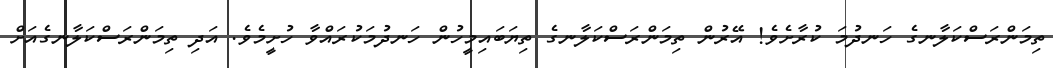
ތިމަންރަސްކަލާނގެ ހަނދުމަ ކުރާށެވެ! އޭރުން ތިމަންރަސްކަލާނގެ ތިޔަބައިމީހުން ހަނދުމަކުރައްވާ ހުށީމެވެ. އަދި ތިމަންރަސްކަލާނގެއަށް